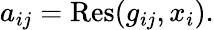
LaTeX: a_{ij}=\operatorname{Res}(g_{ij},x_{i}).